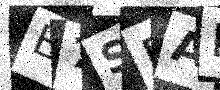
Text: E7SPAD